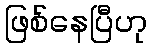
ဖြစ်နေပြီဟု